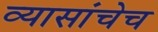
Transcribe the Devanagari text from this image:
व्यासांचेच